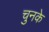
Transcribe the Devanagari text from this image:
चुनके